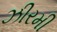
ઝીરમી